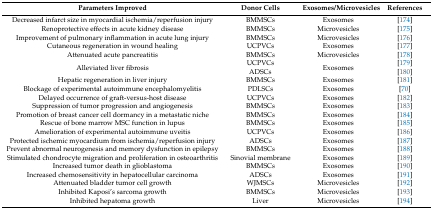
<table><thead><tr><td><b>Parameters Improved</b></td><td><b>Donor Cells</b></td><td><b>Exosomes/Microvesicles</b></td><td><b>References</b></td></tr></thead><tbody><tr><td>Decreased infarct size in myocardial ischemia/reperfusion injury</td><td>BMMSCs</td><td>Exosomes</td><td>[174]</td></tr><tr><td>Renoprotective effects in acute kidney disease</td><td>BMMSCs</td><td>Microvesicles</td><td>[175]</td></tr><tr><td>Improvement of pulmonary inflammation in acute lung injury</td><td>BMMSCs</td><td>Microvesicles</td><td>[176]</td></tr><tr><td>Cutaneous regeneration in wound healing</td><td>UCPVCs</td><td>Exosomes</td><td>[177]</td></tr><tr><td>Attenuated acute pancreatitis</td><td>BMMSCs</td><td>Microvesicles</td><td>[178]</td></tr><tr><td>Alleviated liver fibrosis</td><td>UCPVCsADSCs</td><td>Exosomes</td><td>[179][180]</td></tr><tr><td>Hepatic regeneration in liver injury</td><td>BMMSCs</td><td>Exosomes</td><td>[181]</td></tr><tr><td>Blockage of experimental autoimmune encephalomyelitis</td><td>PDLSCs</td><td>Exosomes</td><td>[70]</td></tr><tr><td>Delayed occurrence of graft-versus-host disease</td><td>UCPVCs</td><td>Exosomes</td><td>[182]</td></tr><tr><td>Suppression of tumor progression and angiogenesis</td><td>BMMSCs</td><td>Exosomes</td><td>[183]</td></tr><tr><td>Promotion of breast cancer cell dormancy in a metastatic niche</td><td>BMMSCs</td><td>Exosomes</td><td>[184]</td></tr><tr><td>Rescue of bone marrow MSC function in lupus</td><td>BMMSCs</td><td>Exosomes</td><td>[185]</td></tr><tr><td>Amelioration of experimental autoimmune uveitis</td><td>UCPVCs</td><td>Exosomes</td><td>[186]</td></tr><tr><td>Protected ischemic myocardium from ischemia/reperfusion injury</td><td>ADSCs</td><td>Exosomes</td><td>[187]</td></tr><tr><td>Prevent abnormal neurogenesis and memory dysfunction in epilepsy</td><td>BMMSCs</td><td>Exosomes</td><td>[188]</td></tr><tr><td>Stimulated chondrocyte migration and proliferation in osteoarthritis</td><td>Sinovial membrane</td><td>Exosomes</td><td>[189]</td></tr><tr><td>Increased tumor death in glioblastoma</td><td>BMMSCs</td><td>Exosomes</td><td>[190]</td></tr><tr><td>Increased chemosensitivity in hepatocellular carcinoma</td><td>ADSCs</td><td>Exosomes</td><td>[191]</td></tr><tr><td>Attenuated bladder tumor cell growth</td><td>WJMSCs</td><td>Microvesicles</td><td>[192]</td></tr><tr><td>Inhibited Kaposi’s sarcoma growth</td><td>BMMSCs</td><td>Microvesicles</td><td>[193]</td></tr><tr><td>Inhibited hepatoma growth</td><td>Liver</td><td>Microvesicles</td><td>[194]</td></tr></tbody></table>